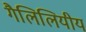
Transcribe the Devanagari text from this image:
गैलिलियीय